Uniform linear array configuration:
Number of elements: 24
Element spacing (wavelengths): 0.5
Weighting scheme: binomial
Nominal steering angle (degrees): -15
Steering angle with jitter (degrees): -14.723
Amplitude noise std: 0.05
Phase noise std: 0.05

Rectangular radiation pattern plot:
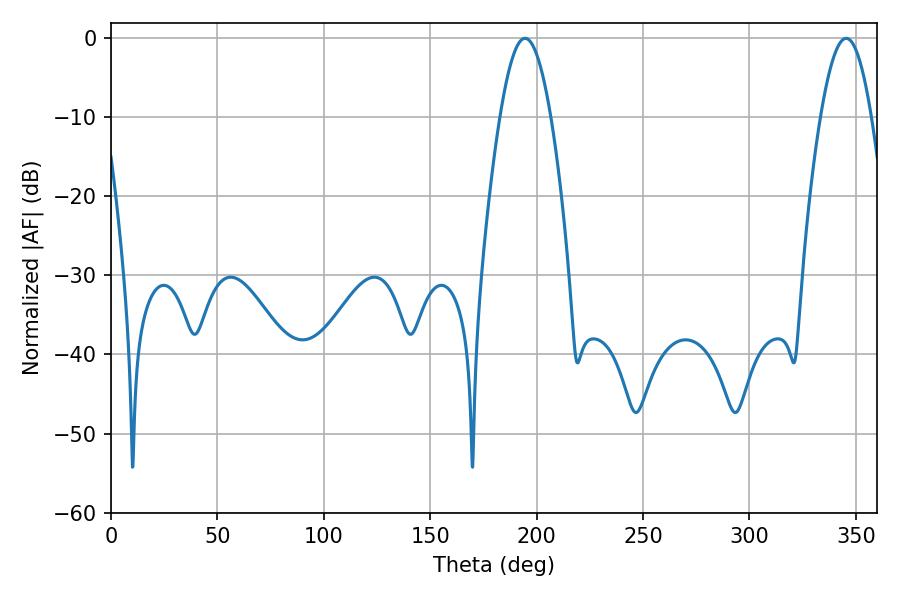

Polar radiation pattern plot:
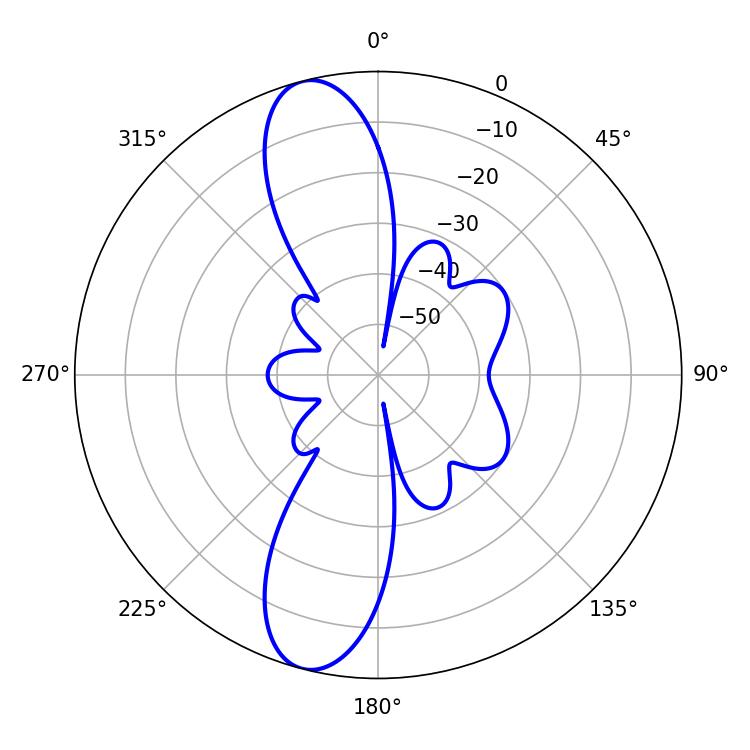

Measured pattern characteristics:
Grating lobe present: FALSE
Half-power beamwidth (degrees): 12.96
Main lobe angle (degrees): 194.58